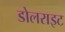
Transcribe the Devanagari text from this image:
डोलराइट